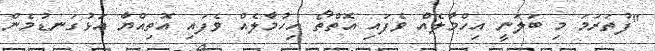
"ފުތަރަމަ މި ބަލަނީ އިހްމާލެއް ވެފައި އޮތްތޯ އިހުމާލެއް ވެފައި އޮތިއްޔާ އަޅުގަނޑުމެން